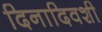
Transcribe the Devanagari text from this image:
दिनादिवशी